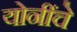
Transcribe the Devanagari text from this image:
योनींचे